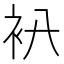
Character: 𧘒